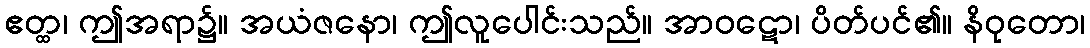
ဧတ္ထ၊ ဤအရာ၌။ အယံဇနော၊ ဤလူပေါင်းသည်။ အာဝဋော၊ ပိတ်ပင်၏။ နိဝုတော၊